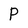
Character: P